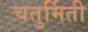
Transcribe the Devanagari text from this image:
चतुर्मिती